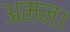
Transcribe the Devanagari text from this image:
अमन।